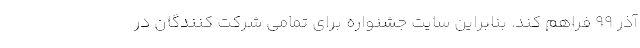
آذر 99 فراهم کند. بنابراین سایت جشنواره برای تمامی شرکت کنندگان در